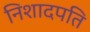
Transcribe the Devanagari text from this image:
निशादपति